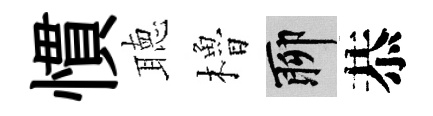
慣聴櫓聊恭